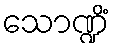
သောဏ္ဍိံ